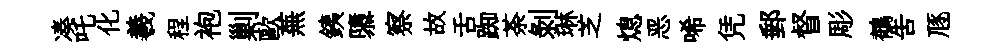
凑吒化羲程袍剿歐蕪銕隳察故舌踟荼剝琳芝熄恶唏凭郵督彫鶺吿豗